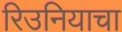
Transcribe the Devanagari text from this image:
रिउनियाचा